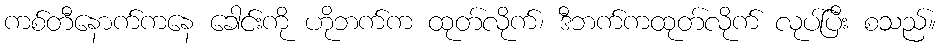
ကစ်တီနောက်ကနေ ခေါင်းကို ဟိုဘက်က ထုတ်လိုက်၊ ဒီဘက်ကထုတ်လိုက် လုပ်ပြီး စသည်။